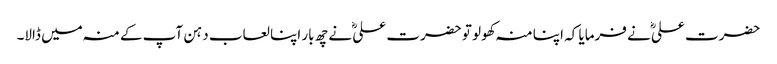
حضرت علیؓ نے فرمایا کہ اپنا منہ کھولو تو حضرت علیؓ نے چھ بار اپنا لعاب دہن آپ کے منہ میں ڈالا۔